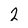
Character: 2